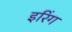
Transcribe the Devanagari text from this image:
इरिंग